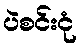
ပဲစင်းငုံ